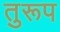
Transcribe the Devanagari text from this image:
तुरूप